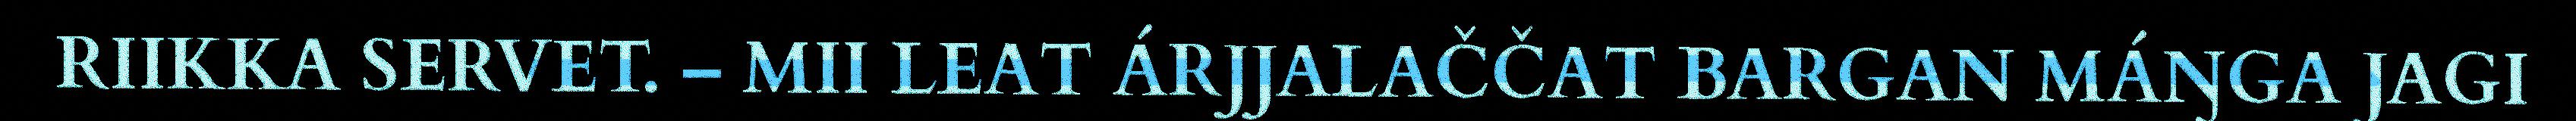
RIIKKA SERVET. – MII LEAT ÁRJJALAČČAT BARGAN MÁŊGA JAGI